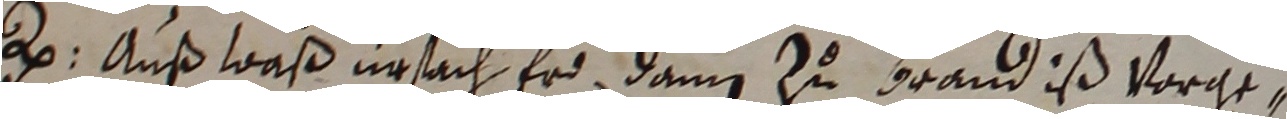
e. Auß waß ursach erd dann zu Brandis vorge-